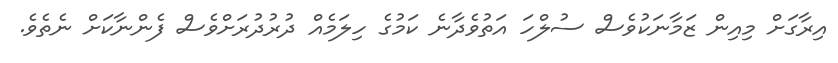
އިރާގަށް މިއިން ޒަމާނަކުވެސް ސުލްހަ އަތުވެދާނެ ކަމުގެ ހިލަމެއް ދުރުދުރަށްވެސް ފެންނާކަށް ނެތެވެ.